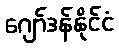
ဂျော်ဒန်နိုင်ငံ